Indian journal of veterinary science and animal husbandry - Volume 6,
Year: 1936
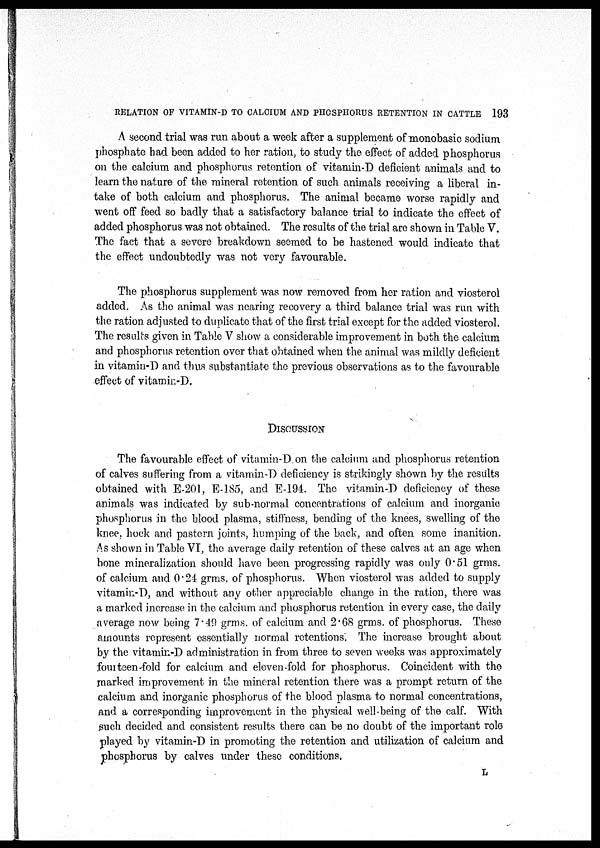
RELATION OF VITAMIN-D TO CALCIUM AND PHOSPHORUS RETENTION IN CATTLE 193
A second trial was run about a week after a supplement of monobasic sodium
phosphate had been added to her ration, to study the effect of added phosphorus
on the calcium and phosphorus retention of vitamin-D deficient animals and to
learn the nature of the mineral retention of such animals receiving a liberal in-
take of both calcium and phosphorus. The animal became worse rapidly and
went off feed so badly that a satisfactory balance trial to indicate the effect of
added phosphorus was not obtained. The results of the trial are shown in Table V.
The fact that a severe breakdown seemed to be hastened would indicate that
the effect undoubtedly was not very favourable.
The phosphorus supplement was now removed from her ration and viosterol
added. As the animal was nearing recovery a third balance trial was run with
the ration, adjusted to duplicate that of the first trial except for the added viosterol.
The results given in Table V show a considerable improvement in both the calcium
and phosphorus retention over that obtained when the animal was mildly deficient
in vitamin-D and thus substantiate the previous observations as to the favourable
effect of vitamin-D.
DISCUSSION
The favourable effect of vitamin-D on the calcium and phosphorus retention
of calves suffering from a vitamin-D deficiency is strikingly shown by the results
obtained with E-201, E-185, and E-194. The vitamin-D deficiency of these
animals was indicated by sub-normal concentrations of calcium and inorganic
phosphorus in the blood plasma, stiffness, bending of the knees, swelling of the
knee, hock and pastern joints, humping of the back, and often some inanition.
As shown in Table VI, the average daily retention of these calves at an age when
bone mineralization should have been progressing rapidly was only 0.51 grms.
of calcium and 0.24 grms. of phosphorus. When viosterol was added to supply
vitamin-D, and without any other appreciable change in the ration, there was
a marked increase in the calcium and phosphorus retention in every case, the daily
average now being 7.49 grms. of calcium and 2.68 grms. of phosphorus. These
amounts represent essentially normal retentions. The increase brought about
by the vitamin-D administration in from three to seven weeks was approximately
fourteen-fold for calcium and eleven-fold for phosphorus. Coincident with the
marked improvement in the mineral retention there was a prompt return of the
calcium and inorganic phosphorus of the blood plasma to normal concentrations,
and a corresponding improvement in the physical well-being of the calf. With
such decided and consistent results there can be no doubt of the important role
played by vitamin-D in promoting the retention and utilization of calcium and
phosphorus by calves under these conditions.
L